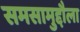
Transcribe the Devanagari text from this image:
समसामुद्दौला